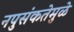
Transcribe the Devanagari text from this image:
नपुसंकतेमुळे